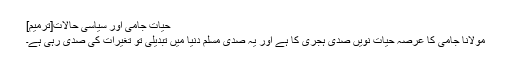
حیات جامی اور سیاسی حالات[ترمیم]
مولانا جامی کا عرصہ حیات نویں صدی ہجری کا ہے اور یہ صدی مسلم دنیا میں تبدیلی تو تغیرات کی صدی رہی ہے۔